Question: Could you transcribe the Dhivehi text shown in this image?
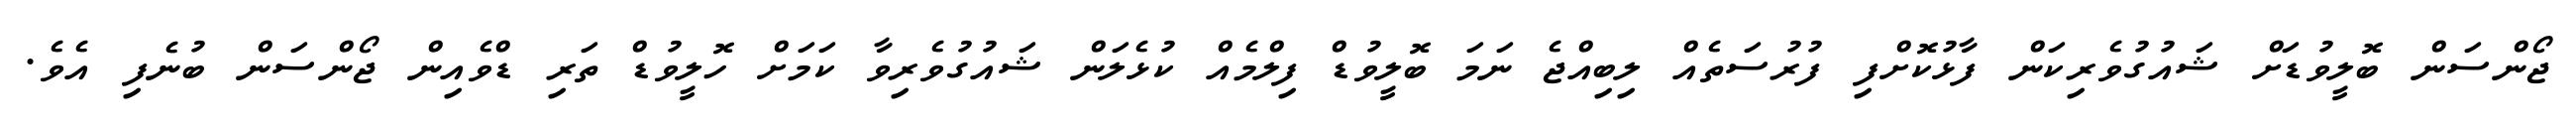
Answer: ޖޯންސަން ބޮލީވުޑަށް ޝައުގުވެރިކަން ފާޅުކޮށްފި ފުރުސަތެއް ލިބިއްޖެ ނަމަ ބޮލީވުޑް ފިލްމެއް ކުޅެލަން ޝައުގުވެރިވާ ކަމަށް ހޮލީވުޑް ތަރި ޑްވެއިން ޖޯންސަން ބުނެފި އެވެ.